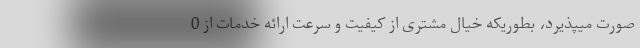
صورت میپذیرد، بطوریکه خیال مشتری از کیفیت و سرعت ارائه خدمات از 0